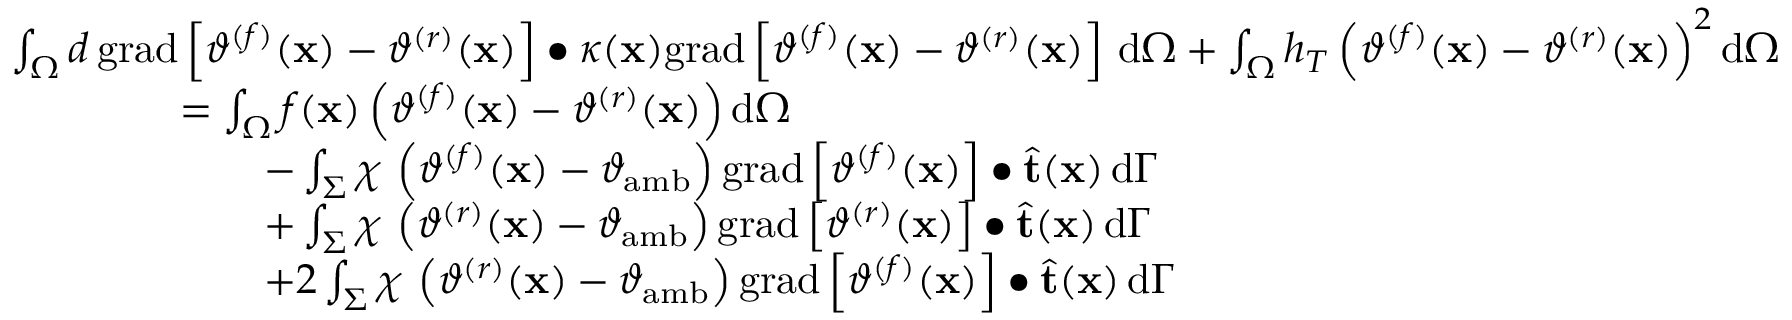
\begin{array} { r l } & { \int _ { \Omega } d \, \mathrm { g r a d } \left[ \vartheta ^ { ( f ) } ( \mathbf { x } ) - \vartheta ^ { ( r ) } ( \mathbf { x } ) \right] \bullet \kappa ( \mathbf { x } ) \mathrm { g r a d } \left[ \vartheta ^ { ( f ) } ( \mathbf { x } ) - \vartheta ^ { ( r ) } ( \mathbf { x } ) \right] \, \mathrm { d } \Omega + \int _ { \Omega } h _ { T } \left( \vartheta ^ { ( f ) } ( \mathbf { x } ) - \vartheta ^ { ( r ) } ( \mathbf { x } ) \right) ^ { 2 } \mathrm { d } \Omega } \\ & { \qquad \qquad = \int _ { \Omega } f ( \mathbf { x } ) \left( \vartheta ^ { ( f ) } ( \mathbf { x } ) - \vartheta ^ { ( r ) } ( \mathbf { x } ) \right) \mathrm { d } \Omega } \\ & { \qquad \qquad \qquad - \int _ { \Sigma } \chi \, \left( \vartheta ^ { ( f ) } ( \mathbf { x } ) - \vartheta _ { \mathrm { a m b } } \right) \mathrm { g r a d } \left[ \vartheta ^ { ( f ) } ( \mathbf { x } ) \right] \bullet \widehat { \mathbf { t } } ( \mathbf { x } ) \, \mathrm { d } \Gamma } \\ & { \qquad \qquad \qquad + \int _ { \Sigma } \chi \, \left( \vartheta ^ { ( r ) } ( \mathbf { x } ) - \vartheta _ { \mathrm { a m b } } \right) \mathrm { g r a d } \left[ \vartheta ^ { ( r ) } ( \mathbf { x } ) \right] \bullet \widehat { \mathbf { t } } ( \mathbf { x } ) \, \mathrm { d } \Gamma } \\ & { \qquad \qquad \qquad + 2 \int _ { \Sigma } \chi \, \left( \vartheta ^ { ( r ) } ( \mathbf { x } ) - \vartheta _ { \mathrm { a m b } } \right) \mathrm { g r a d } \left[ \vartheta ^ { ( f ) } ( \mathbf { x } ) \right] \bullet \widehat { \mathbf { t } } ( \mathbf { x } ) \, \mathrm { d } \Gamma } \end{array}